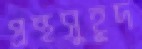
গ্রন্থসুহূদ